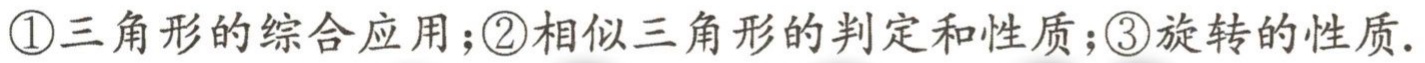
\textcircled{1}三角形的综合应用；\textcircled{2}相似三角形的判定和性质；\textcircled{3}旋转的性质.